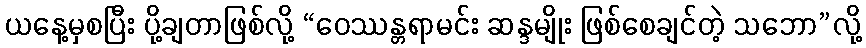
ယနေ့မှစပြီး ပို့ချတာဖြစ်လို့ “ဝေဿန္တရာမင်း ဆန္ဒမျိုး ဖြစ်စေချင်တဲ့ သဘော”လို့